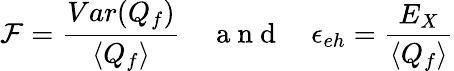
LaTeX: \mathcal{F}=\frac{Var(Q_{f})}{\langle Q_{f}\rangle}\quad\mathrm{~a~n~d~}\quad\epsilon_{eh}=\frac{E_{X}}{\langle Q_{f}\rangle}